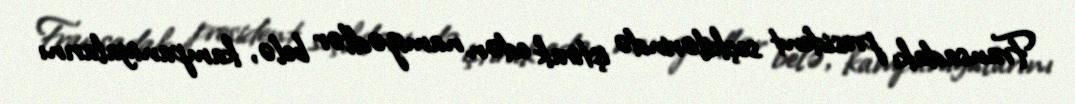
Fransadakı president seçkilərində iştirak edən namizədlər belə, kampaniyalarını